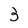
Character: 3